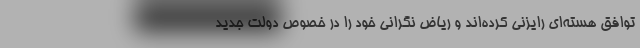
توافق هسته‌ای رایزنی کرده‌اند و ریاض نگرانی خود را در خصوص دولت جدید